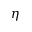
\eta